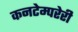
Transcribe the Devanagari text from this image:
कनटेम्परेरी